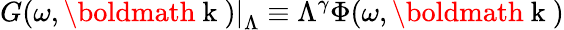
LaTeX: \left.G(\omega,\mathrm{\boldmath~k~})\right|_{\Lambda}\equiv\Lambda^{\gamma}\Phi(\omega,\mathrm{\boldmath~k~})